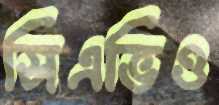
সিএভিও